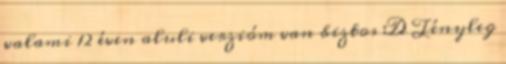
valami 12 éven aluli verzióm van biztos :D Tényleg